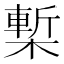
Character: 槧